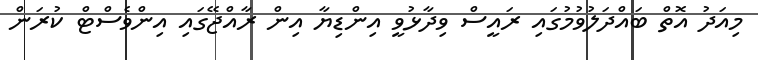
މިއަދު އޮތް ބައްދަލުވުމުގައި ރައީސް ވިދާޅުވީ އިންޑިޔާ އިން ރާއްޖޭގައި އިންވެސްޓް ކުރަން